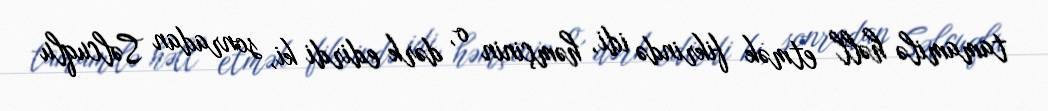
tamamilə həll etmək fikrində idi, həmçinin o, dərk edirdi ki, sonradan Səlcuqlu